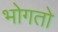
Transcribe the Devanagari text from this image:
भोगतो